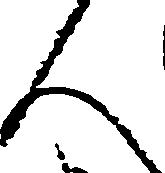
人